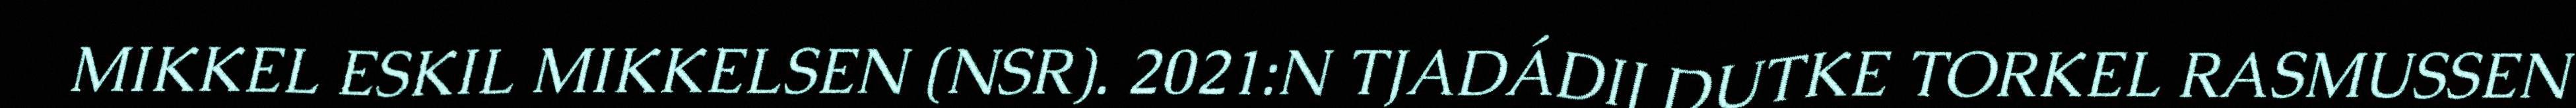
MIKKEL ESKIL MIKKELSEN (NSR). 2021:N TJADÁDIJ DUTKE TORKEL RASMUSSEN